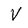
Character: V